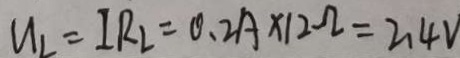
u _ { 2 } = I R _ { 2 } = 0 . 2 A \times 1 2 \Omega = 2 . 4 V